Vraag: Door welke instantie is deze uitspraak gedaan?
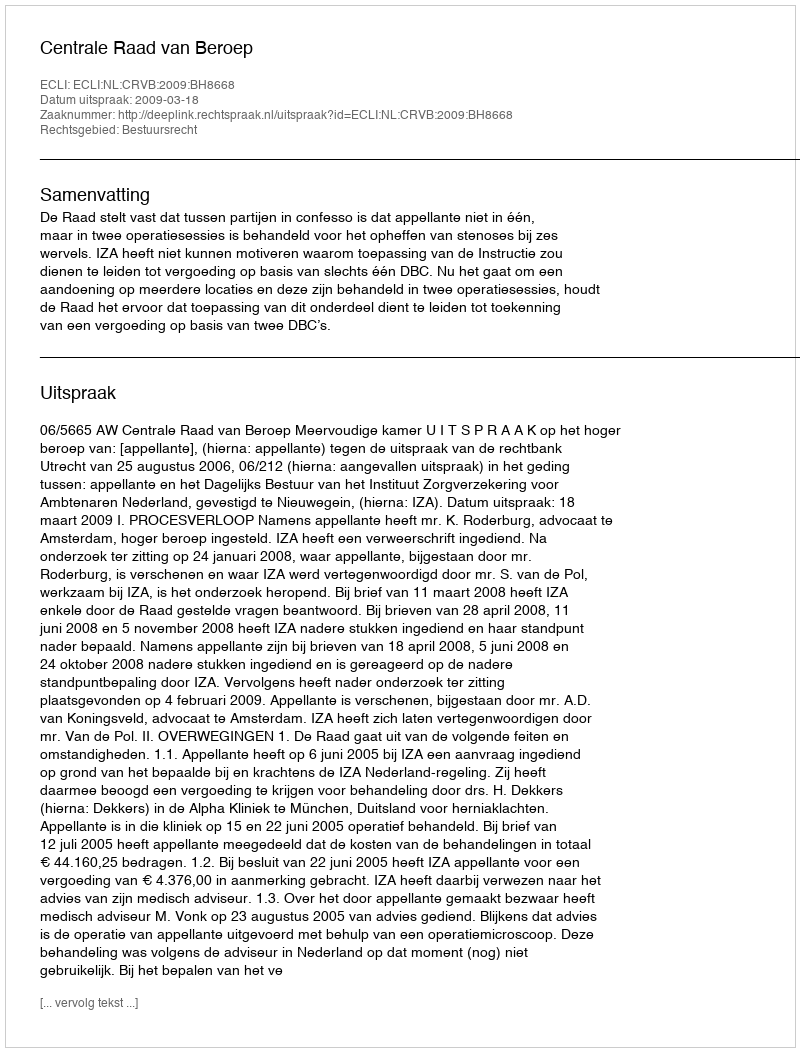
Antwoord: Centrale Raad van Beroep